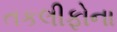
તકલીફોના